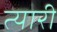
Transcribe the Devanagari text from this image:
त्यारी